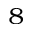
^ { 8 }